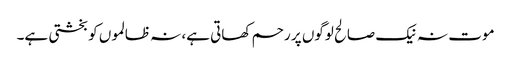
موت نہ نیک صالح لوگوں پر رحم کھاتی ہے، نہ ظالموں کو بخشتی ہے۔